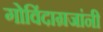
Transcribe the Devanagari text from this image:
गोविंदाग्रजांनी